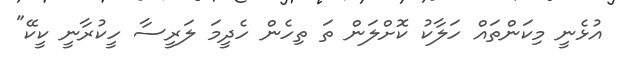
އުޅެނީ މިކަންތައް ހަލާކު ކޮށްލަން ތަ ތިހެން ހެދީމަ ލަރީސާ ހީކުރާނީ ކީކޭ"